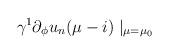
LaTeX: \begin{align*} \gamma^{1}\partial_{\phi}u_{n}(\mu-i)\mid_{\mu=\mu_{0}}\end{align*}